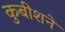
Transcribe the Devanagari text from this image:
कुबीशने